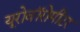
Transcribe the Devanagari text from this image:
यूरोवॉरोमीटर